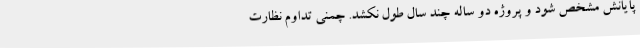
پایانش مشخص شود و پروژه دو ساله چند سال طول نکشد. چمنی تداوم نظارت